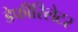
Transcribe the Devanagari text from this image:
डेफीरिलेटर